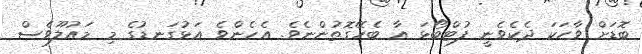
ބޮޑަށް ވާހަކަ ދެކެވެނީ ފުޓްބޯޅަ އާ ބެހޭގޮތުންނެވެ. އެހެންވެ އަޅުގަނޑުގެ މި މައުލޫވެސް